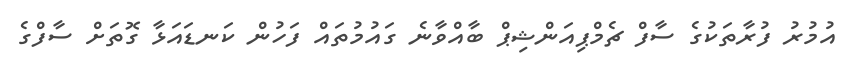
އުމުރު ފުރާތަކުގެ ސާފް ޗެމްޕިއަންޝިޕް ބާއްވާނެ ގައުމުތައް ފަހުން ކަނޑައަޅާ ގޮތަށް ސާފްގެ